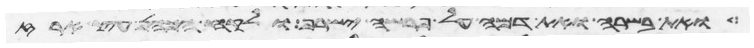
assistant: ואת בשרה ואת דמה על פרשה ישרף ולקח הכהן עץ ארז